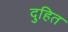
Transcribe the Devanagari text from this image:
दुहित